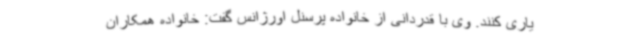
یاری کنند. وی با قدردانی از خانواده پرسنل اورژانس گفت: خانواده همکاران